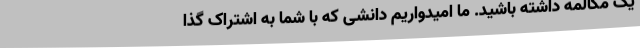
یک مکالمه داشته باشید. ما امیدواریم دانشی که با شما به اشتراک گذا